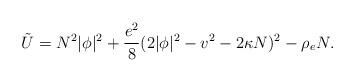
LaTeX: \begin{align*}\tilde{U} = N^2 |\phi|^2 + \frac{e^2}{8}( 2|\phi|^2-v^2 - 2\kappa N)^2 -\rho_e N.\end{align*}